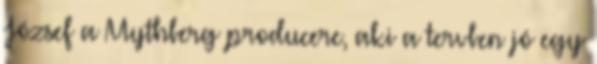
József a Mythberg producere, aki a tervben jó egy